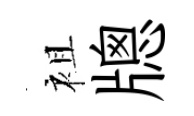
袓牕